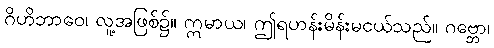
ဂိဟိဘာဝေ၊ လူ့အဖြစ်၌။ ဣမာယ၊ ဤရဟန်းမိန်းမငယ်သည်။ ဂဗ္ဘော၊